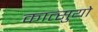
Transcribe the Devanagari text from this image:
कात्सुयो